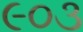
૯૦૩